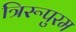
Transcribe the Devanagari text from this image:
त्रिरूपुरम